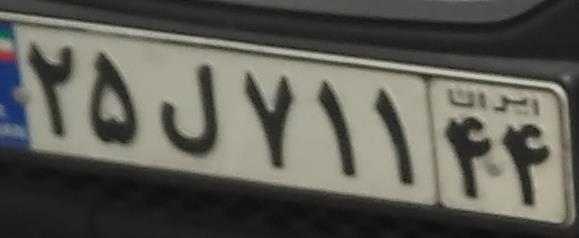
۲۵ل۷۱۱۴۴